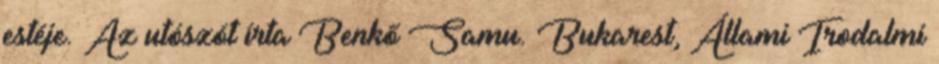
estéje. Az utószót írta Benkő Samu. Bukarest, Állami Irodalmi